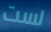
لست